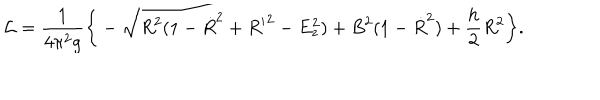
{ \cal L } = \frac { 1 } { 4 \pi ^ { 2 } g } \bigg \{ - \sqrt { R ^ { 2 } ( 1 - { \dot { R } } ^ { 2 } + { R ^ { \prime } } ^ { 2 } - E _ { z } ^ { 2 } ) + B ^ { 2 } ( 1 - { \dot { R } } ^ { 2 } ) } + \frac { h } { 2 } R ^ { 2 } \bigg \} .